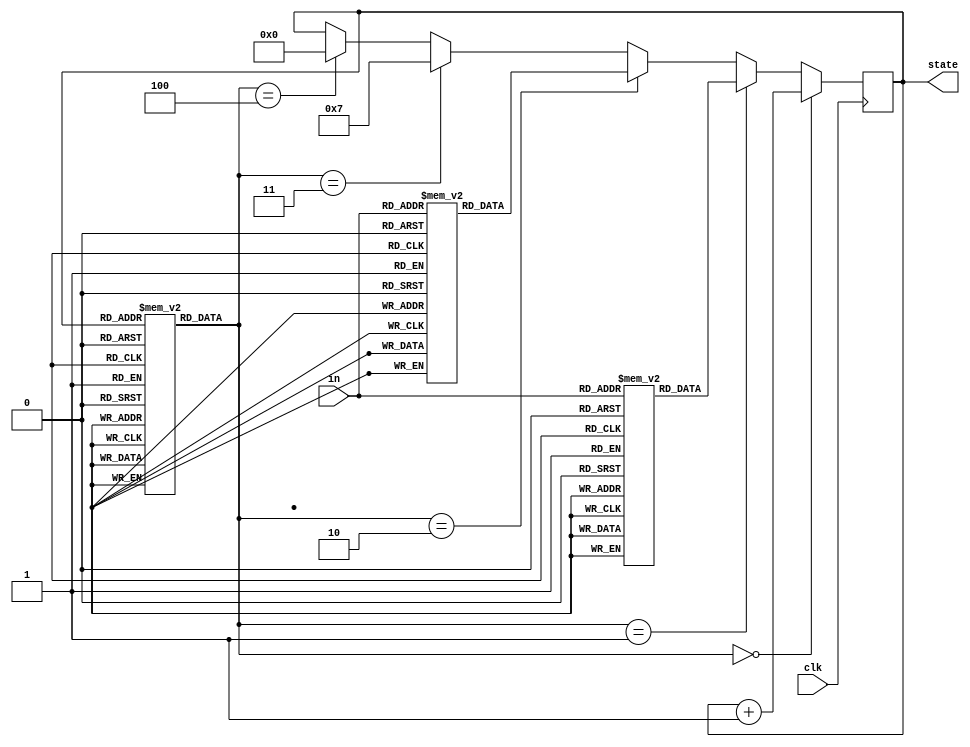
module A5Q1_fsm (clk, in, state);

input clk;
input [1:0] in;
output [3:0] state;
reg [3:0] state;
reg [2:0] microcode [0:12];
reg [3:0] dispatch1 [3:0], dispatch2 [3:0];

initial begin
	state <= #2 0;
	microcode[0] <= 3'b000;
	microcode[1] <= 3'b000;
	microcode[2] <= 3'b000;
	microcode[3] <= 3'b001;
	microcode[4] <= 3'b011;
	microcode[5] <= 3'b011;
	microcode[6] <= 3'b000;
	microcode[7] <= 3'b000;
	microcode[8] <= 3'b000;
	microcode[9] <= 3'b000;
	microcode[10] <= 3'b010;
	microcode[11] <= 3'b100;
	microcode[12] <= 3'b100;

	dispatch1[0] <= 4'b0100;
	dispatch1[1] <= 4'b0101;
	dispatch1[2] <= 4'b0110;
	dispatch1[3] <= 4'b0110;

	dispatch2[0] <= 4'b1011;
	dispatch2[1] <= 4'b1100;
	dispatch2[2] <= 4'b1100;
	dispatch2[3] <= 4'b1100;
end

always @(posedge clk) begin
	if (microcode[state] == 3'b000) begin
		state <= #2 state + 1;
	end
	else if (microcode[state] == 3'b001 ) begin
		state <= #2 dispatch1[in];
	end
	else if (microcode[state] == 3'b010 ) begin
		state <= #2 dispatch2[in];
	end
	else if (microcode[state] == 3'b011 ) begin
		state <= #2 4'b0111;
	end
	else if (microcode[state] == 3'b100 ) begin
		state <= #2 4'b0000;
	end
end

endmodule